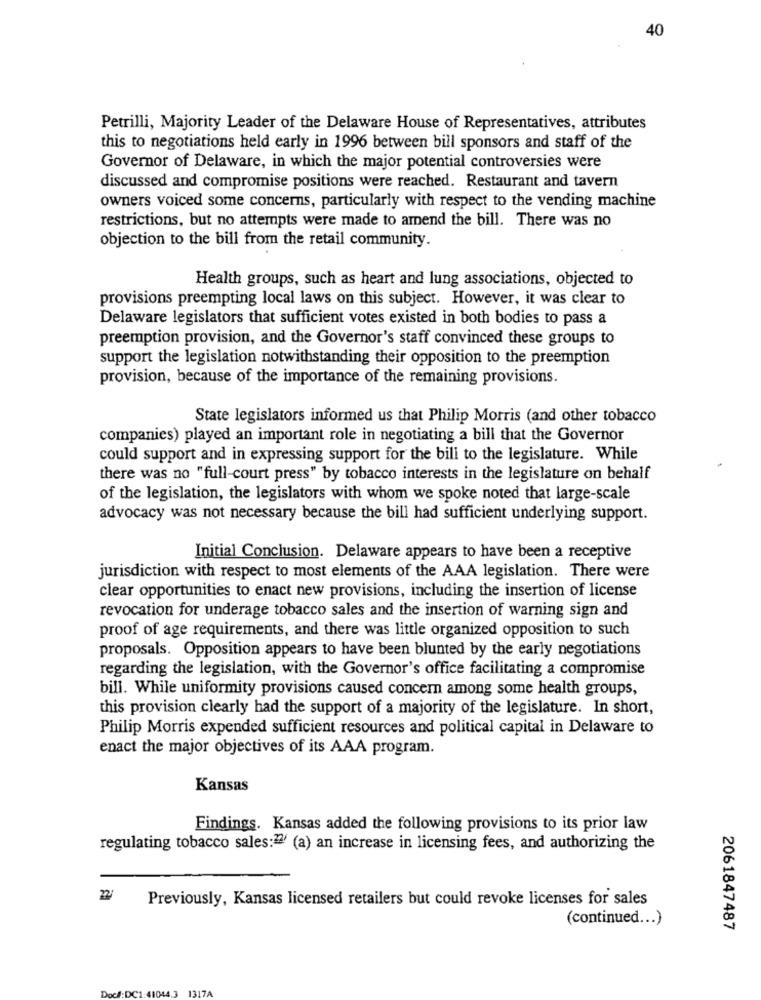
40
Petrilli, Majority Leader of the Delaware House of Representatives, attributes
this to negotiations held early in 1996 between bill sponsors and staff of the
Governor of Delaware, in which the major potential controversies were
discussed and compromise positions were reached. Restaurant and tavern
owners voiced some concerns, particularly with respect to the vending machine
restrictions, but no attempts were made to amend the bill. There was no
objection to the bill from the retail community.
Health groups, such as heart and lung associations, objected to
provisions preempting local laws on this subject. However, it was clear to
Delaware legislators that sufficient votes existed in both bodies to pass a
preemption provision, and the Governor's staff convinced these groups to
support the legislation notwithstanding their opposition to the preemption
provision, because of the importance of the remaining provisions.
State legislators informed us that Philip Morris (and other tobacco
companies) played an important role in negotiating a bill that the Governor
could support and in expressing support for the bill to the legislature. While
there was no "full-court press" by tobacco interests in the legislature on behalf
of the legislation, the legislators with whom we spoke noted that large-scale
advocacy was not necessary because the bill had sufficient underlying support.
Initial Conclusion. Delaware appears to have been a receptive
jurisdiction with respect to most elements of the AAA legislation. There were
clear opportunities to enact new provisions, including the insertion of license
revocation for underage tobacco sales and the insertion of warning sign and
proof of age requirements, and there was little organized opposition to such
proposals. Opposition appears to have been blunted by the early negotiations
regarding the legislation, with the Governor's office facilitating a compromise
bill. While uniformity provisions caused concern among some health groups,
this provision clearly had the support of a majority of the legislature. In short,
Philip Morris expended sufficient resources and political capital in Delaware to
enact the major objectives of its AAA program.
Kansas
Findings. Kansas added the following provisions to its prior law
regulating tobacco sales:22 (a) an increase in licensing fees, and authorizing the
22/
Previously, Kansas licensed retailers but could revoke licenses for sales
(continued ... )
2061847487
Doc#:DC1:41044.3 1317A